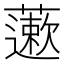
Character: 藗